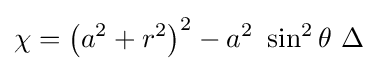
\chi =\left(a^{2}+r^{2}\right)^{2}-a^{2}\ \sin ^{2}\theta \ \Delta